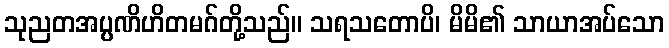
သုညတအပ္ပဏိဟိတမဂ်တို့သည်။ သရသတောပိ၊ မိမိ၏ သာယာအပ်သော